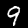
Digit: 9